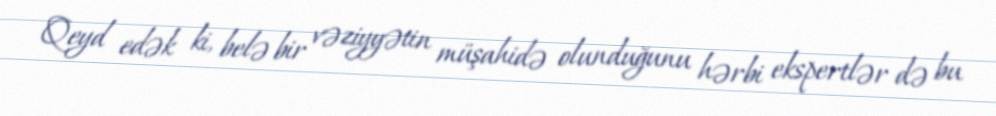
Qeyd edək ki, belə bir vəziyyətin müşahidə olunduğunu hərbi ekspertlər də bu